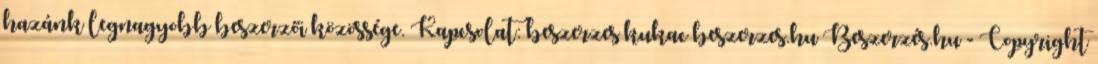
hazánk legnagyobb beszerzői közössége. Kapcsolat: beszerzes kukac beszerzes.hu Beszerzés.hu - Copyright